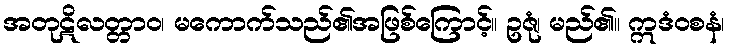
အတုဋိလတ္တာဝ၊ မကောက်သည်၏အဖြစ်ကြောင့်။ ဥဇုံ၊ မည်၏။ ဣဒံဝစနံ၊